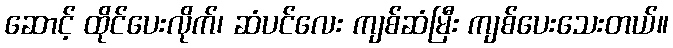
ဆောင့် ထိုင်ပေးလိုက်၊ ဆံပင်လေး ကျစ်ဆံမြီး ကျစ်ပေးသေးတယ်။